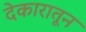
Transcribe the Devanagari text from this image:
देकारातून